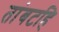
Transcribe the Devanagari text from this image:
तांबटहि